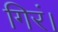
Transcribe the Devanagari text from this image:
गिरं।